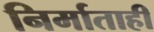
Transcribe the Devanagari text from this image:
निर्माताही